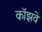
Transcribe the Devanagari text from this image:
कॉझवे